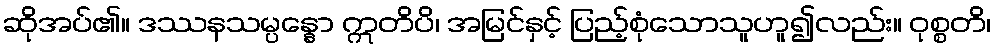
ဆိုအပ်၏။ ဒဿနသမ္ပန္နော ဣတိပိ၊ အမြင်နှင့် ပြည့်စုံသောသူဟူ၍လည်း။ ဝုစ္စတိ၊